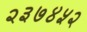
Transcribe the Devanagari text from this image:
२३७४५२